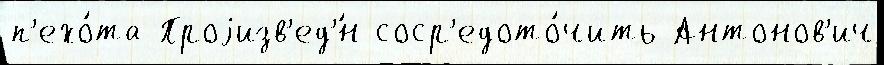
п'ехо́та Проjизв'ед'́н соср'едото́чить Антонов'ич